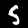
Label: 5